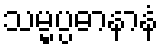
သမ္မပ္ပဓာနာနံ